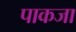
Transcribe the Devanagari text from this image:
पाकजा